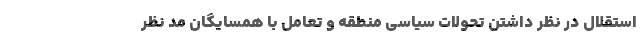
استقلال در نظر داشتن تحولات سیاسی منطقه و تعامل با همسایگان مد نظر